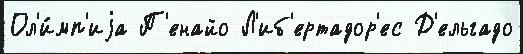
Ол'и́мп'иjа П'енайо Л'иб'ертадор'ес Д'ельгадо